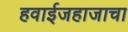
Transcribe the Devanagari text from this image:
हवाईजहाजाचा